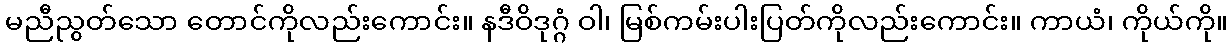
မညီညွတ်သော တောင်ကိုလည်းကောင်း။ နဒီဝိဒုဂ္ဂံ ဝါ၊ မြစ်ကမ်းပါးပြတ်ကိုလည်းကောင်း။ ကာယံ၊ ကိုယ်ကို။